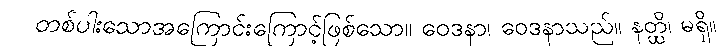
တစ်ပါးသောအကြောင်းကြောင့်ဖြစ်သော။ ဝေဒနာ၊ ဝေဒနာသည်။ နတ္ထိ၊ မရှိ။